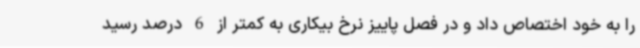
را به خود اختصاص داد و در فصل پاییز نرخ بیکاری به کمتر از 6 درصد رسید